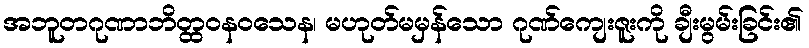
အဘူတဂုဏာဘိတ္ထဝနဝသေန၊ မဟုတ်မမှန်သော ဂုဏ်ကျေးဇူးကို ချီးမွမ်းခြင်း၏